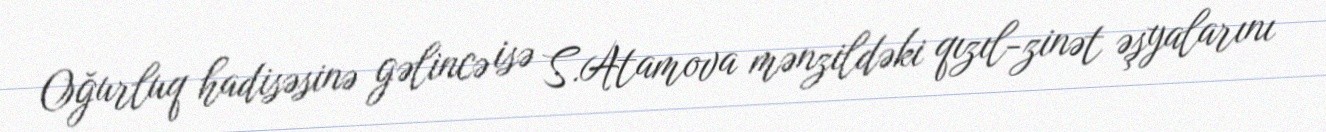
Oğurluq hadisəsinə gəlincə isə S.Atamova mənzildəki qızıl-zinət əşyalarını